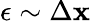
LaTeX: \epsilon\sim\Delta\mathbf{x}